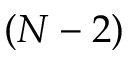
( N - 2 )